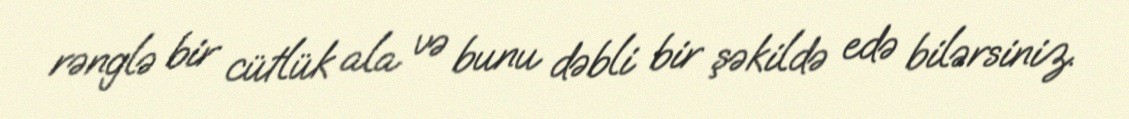
rənglə bir cütlük ala və bunu dəbli bir şəkildə edə bilərsiniz.